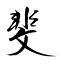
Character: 斐